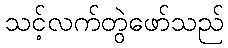
သင့်လက်တွဲဖော်သည်